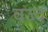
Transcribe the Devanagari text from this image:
वज्द